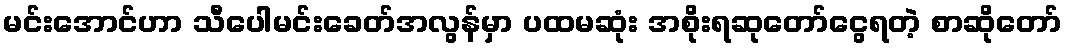
မင်းအောင်ဟာ သီပေါမင်းခေတ်အလွန်မှာ ပထမဆုံး အစိုးရဆုတော်ငွေရတဲ့ စာဆိုတော်